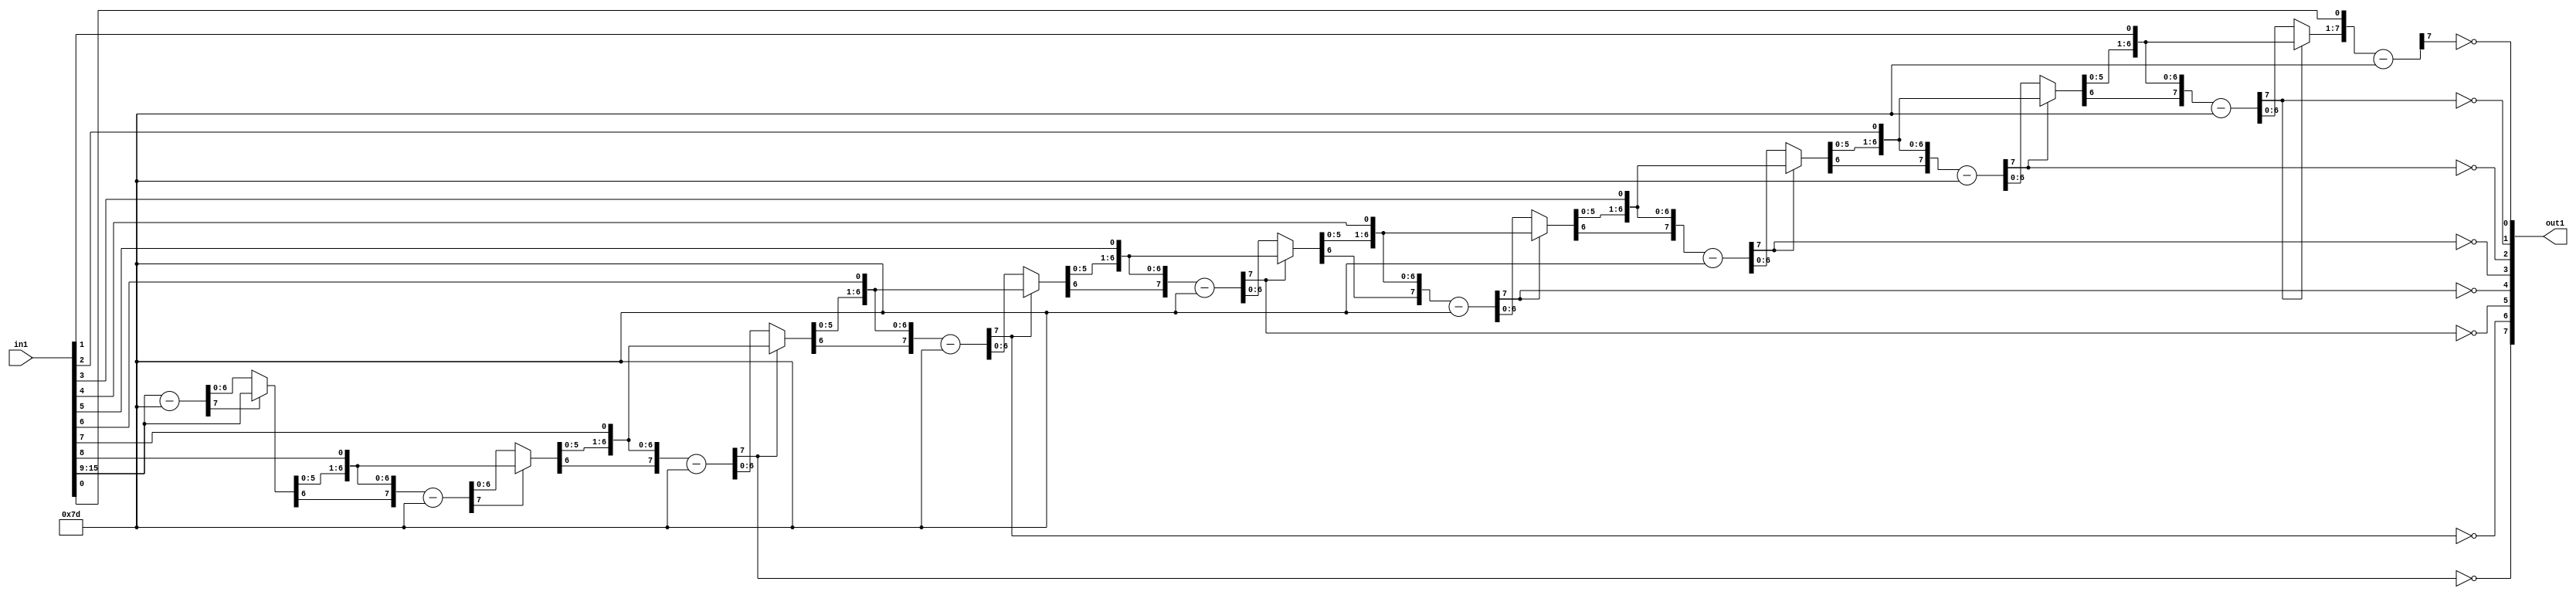
`timescale 1ps / 1ps
/*****************************************************************************
    Verilog RTL Description
    
    
    Created by: Stratus DpOpt 2019.1.01 
*******************************************************************************/

module SobelFilter_Div_8U_27_1 (
	in1,
	out1
	); /* architecture "behavioural" */ 
input [15:0] in1;
output [7:0] out1;
wire [7:0] asc001_0,
	in1_7;
wire [6:0] in1_8;
wire [7:0] in1_10,
	in1_11,
	in1_13;
wire [8:0] in1_14;
wire [7:0] in1_16;
wire [9:0] in1_17;
wire [7:0] in1_19;
wire [10:0] in1_20;
wire [7:0] in1_22;
wire [11:0] in1_23;
wire [7:0] in1_25;
wire [12:0] in1_26;
wire [7:0] in1_28;
wire [13:0] in1_29;
wire [7:0] in1_31;
wire [14:0] in1_32;
wire [15:0] in1_33;
wire [7:0] in1_34,
	in1_9_0,
	in1_9_1;
wire [8:0] in1_12_0,
	in1_12_1;
wire [9:0] in1_15_0,
	in1_15_1;
wire [10:0] in1_18_0,
	in1_18_1;
wire [11:0] in1_21_0,
	in1_21_1;
wire [12:0] in1_24_0,
	in1_24_1;
wire [13:0] in1_27_0,
	in1_27_1;
wire [14:0] in1_30_0,
	in1_30_1;

wire [7:0] in1_7_tmp_0;
assign in1_7_tmp_0 = 
	+(in1[15:9]);
assign in1_7 = in1_7_tmp_0
	-(8'B01111101);

reg [6:0] in1_8_tmp_1;
assign in1_8 = in1_8_tmp_1;
always @ (in1_7[7] or in1_7[6:0] or in1[15:9]) begin
	case (in1_7[7])
		1'B0 : in1_8_tmp_1 = in1_7[6:0] ;
		default : in1_8_tmp_1 = in1[15:9] ;
	endcase
end

assign in1_9_0 = {in1_8,in1[8]};

assign in1_9_1 = {in1_8,in1[8]};

wire [7:0] in1_10_tmp_2;
assign in1_10_tmp_2 = 
	+(in1_9_1);
assign in1_10 = in1_10_tmp_2
	-(8'B01111101);

reg [7:0] in1_11_tmp_3;
assign in1_11 = in1_11_tmp_3;
always @ (in1_10[7] or in1_10 or in1_9_0) begin
	case (in1_10[7])
		1'B0 : in1_11_tmp_3 = in1_10 ;
		default : in1_11_tmp_3 = in1_9_0 ;
	endcase
end

assign in1_12_0 = {in1_11,in1[7]};

assign in1_12_1 = {in1_11,in1[7]};

wire [7:0] in1_13_tmp_4;
assign in1_13_tmp_4 = 
	+(in1_12_1[7:0]);
assign in1_13 = in1_13_tmp_4
	-(8'B01111101);

assign asc001_0[7] = ~in1_13[7];

reg [8:0] in1_14_tmp_5;
assign in1_14 = in1_14_tmp_5;
always @ (in1_13[7] or in1_13 or in1_12_0) begin
	case (in1_13[7])
		1'B0 : in1_14_tmp_5 = in1_13 ;
		default : in1_14_tmp_5 = in1_12_0 ;
	endcase
end

assign in1_15_0 = {in1_14,in1[6]};

assign in1_15_1 = {in1_14,in1[6]};

wire [7:0] in1_16_tmp_6;
assign in1_16_tmp_6 = 
	+(in1_15_1[7:0]);
assign in1_16 = in1_16_tmp_6
	-(8'B01111101);

assign asc001_0[6] = ~in1_16[7];

reg [9:0] in1_17_tmp_7;
assign in1_17 = in1_17_tmp_7;
always @ (in1_16[7] or in1_16 or in1_15_0) begin
	case (in1_16[7])
		1'B0 : in1_17_tmp_7 = in1_16 ;
		default : in1_17_tmp_7 = in1_15_0 ;
	endcase
end

assign in1_18_0 = {in1_17,in1[5]};

assign in1_18_1 = {in1_17,in1[5]};

wire [7:0] in1_19_tmp_8;
assign in1_19_tmp_8 = 
	+(in1_18_1[7:0]);
assign in1_19 = in1_19_tmp_8
	-(8'B01111101);

assign asc001_0[5] = ~in1_19[7];

reg [10:0] in1_20_tmp_9;
assign in1_20 = in1_20_tmp_9;
always @ (in1_19[7] or in1_19 or in1_18_0) begin
	case (in1_19[7])
		1'B0 : in1_20_tmp_9 = in1_19 ;
		default : in1_20_tmp_9 = in1_18_0 ;
	endcase
end

assign in1_21_0 = {in1_20,in1[4]};

assign in1_21_1 = {in1_20,in1[4]};

wire [7:0] in1_22_tmp_10;
assign in1_22_tmp_10 = 
	+(in1_21_1[7:0]);
assign in1_22 = in1_22_tmp_10
	-(8'B01111101);

assign asc001_0[4] = ~in1_22[7];

reg [11:0] in1_23_tmp_11;
assign in1_23 = in1_23_tmp_11;
always @ (in1_22[7] or in1_22 or in1_21_0) begin
	case (in1_22[7])
		1'B0 : in1_23_tmp_11 = in1_22 ;
		default : in1_23_tmp_11 = in1_21_0 ;
	endcase
end

assign in1_24_0 = {in1_23,in1[3]};

assign in1_24_1 = {in1_23,in1[3]};

wire [7:0] in1_25_tmp_12;
assign in1_25_tmp_12 = 
	+(in1_24_1[7:0]);
assign in1_25 = in1_25_tmp_12
	-(8'B01111101);

assign asc001_0[3] = ~in1_25[7];

reg [12:0] in1_26_tmp_13;
assign in1_26 = in1_26_tmp_13;
always @ (in1_25[7] or in1_25 or in1_24_0) begin
	case (in1_25[7])
		1'B0 : in1_26_tmp_13 = in1_25 ;
		default : in1_26_tmp_13 = in1_24_0 ;
	endcase
end

assign in1_27_0 = {in1_26,in1[2]};

assign in1_27_1 = {in1_26,in1[2]};

wire [7:0] in1_28_tmp_14;
assign in1_28_tmp_14 = 
	+(in1_27_1[7:0]);
assign in1_28 = in1_28_tmp_14
	-(8'B01111101);

assign asc001_0[2] = ~in1_28[7];

reg [13:0] in1_29_tmp_15;
assign in1_29 = in1_29_tmp_15;
always @ (in1_28[7] or in1_28 or in1_27_0) begin
	case (in1_28[7])
		1'B0 : in1_29_tmp_15 = in1_28 ;
		default : in1_29_tmp_15 = in1_27_0 ;
	endcase
end

assign in1_30_0 = {in1_29,in1[1]};

assign in1_30_1 = {in1_29,in1[1]};

wire [7:0] in1_31_tmp_16;
assign in1_31_tmp_16 = 
	+(in1_30_1[7:0]);
assign in1_31 = in1_31_tmp_16
	-(8'B01111101);

assign asc001_0[1] = ~in1_31[7];

reg [14:0] in1_32_tmp_17;
assign in1_32 = in1_32_tmp_17;
always @ (in1_31[7] or in1_31 or in1_30_0) begin
	case (in1_31[7])
		1'B0 : in1_32_tmp_17 = in1_31 ;
		default : in1_32_tmp_17 = in1_30_0 ;
	endcase
end

assign in1_33 = {in1_32,in1[0]};

wire [7:0] in1_34_tmp_18;
assign in1_34_tmp_18 = 
	+(in1_33[7:0]);
assign in1_34 = in1_34_tmp_18
	-(8'B01111101);

assign asc001_0[0] = ~in1_34[7];

assign out1 = asc001_0;
endmodule

/* CADENCE  v7n2SAvb : u9/ySgnWtBlWxVPRXgAZ4Og= ** DO NOT EDIT THIS LINE ******/